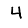
Digit: 4